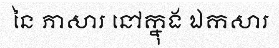
នៃ ភាសារ នៅក្នុង ឯកសារ